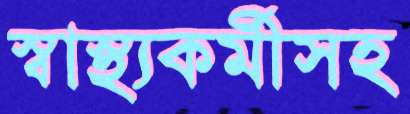
স্বাস্থ্যকর্মীসহ